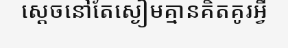
ស្តេចនៅតែស្ងៀមគ្មានគិតគូរអ្វី